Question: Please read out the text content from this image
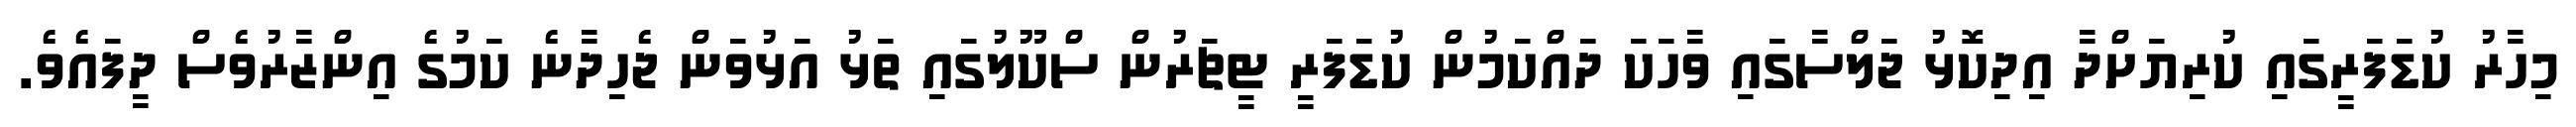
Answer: މިހާރު ކުޑަފަރީގައި ކުރިޔަށްދާ އިދިކޮޅު ޖަލްސާގައި ވާހަކަ ދައްކަމުން ކުޑަފަރީ ޓީޗަރުން ސްކޫލުގައި ތަޅު އަޅުވަން ޖެހިދާނެ ކަމުގެ އިންޒާރުވެސް ދީފައެވެ.